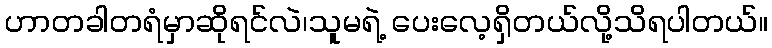
ဟာတခါတရံမှာဆိုရင်လဲ၊သူမရဲ့ ပေးလေ့ရှိတယ်လို့သိရပါတယ်။